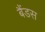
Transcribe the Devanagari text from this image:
बैंडस